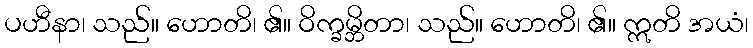
ပဟီနာ၊ သည်။ ဟောတိ၊ ၏။ ဝိက္ခမ္ဘိတာ၊ သည်။ ဟောတိ၊ ၏။ ဣတိ အယံ၊